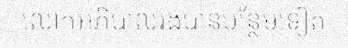
លោកអភិបាលរងបានបន្ថែមទៀត